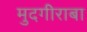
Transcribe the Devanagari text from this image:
मुदगीराबा